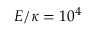
E / \kappa = 1 0 ^ { 4 }